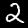
Digit: 2